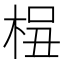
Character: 𰗫